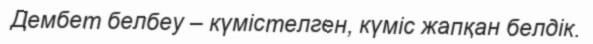
Дембет белбеу – күмістелген, күміс жапқан белдік.